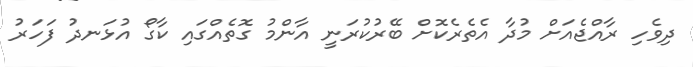
ދިވެހި ރާއްޖެއަށް މުދާ އެތެރެކޮށް ބޭރުކުރަނީ އާންމު ގޮތެއްގައި ކާގޯ އުޅަނދު ފަހަރު